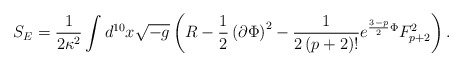
\begin{align*}S_E = \frac{1}{2\kappa^2}\int d^{10}x \sqrt{-g}\left( R -\frac{1}{2}\left( \partial\Phi\right)^2- \frac{1}{2\left( p+2\right)!} e^{\frac{3-p}{2}\Phi}F_{p+2}^2\right) .\end{align*}